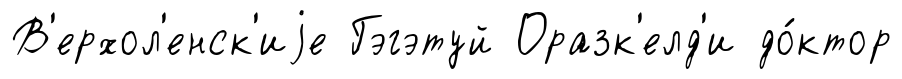
В'ерхол'енск'иjе Гэгэтуй Оразк'елд'и до́ктор